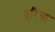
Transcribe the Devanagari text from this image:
धूरिया